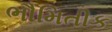
ભૌમિતીક